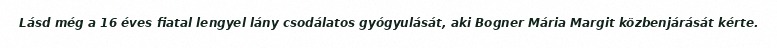
Lásd még a 16 éves fiatal lengyel lány csodálatos gyógyulását, aki Bogner Mária Margit közbenjárását kérte.